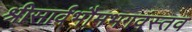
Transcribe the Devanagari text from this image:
श्रीसार्वभौमभगवंस्तव